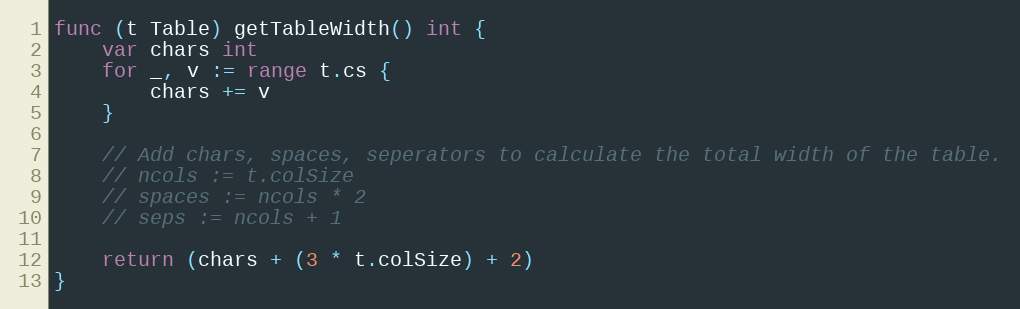
Language: Go
func (t Table) getTableWidth() int {
	var chars int
	for _, v := range t.cs {
		chars += v
	}

	// Add chars, spaces, seperators to calculate the total width of the table.
	// ncols := t.colSize
	// spaces := ncols * 2
	// seps := ncols + 1

	return (chars + (3 * t.colSize) + 2)
}